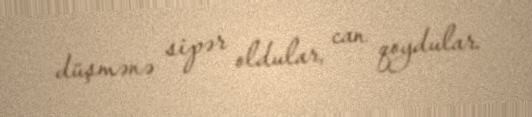
düşmənə sipər oldular, can qoydular.